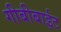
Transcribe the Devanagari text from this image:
गीबीबाईट